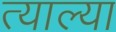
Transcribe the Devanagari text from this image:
त्याल्या